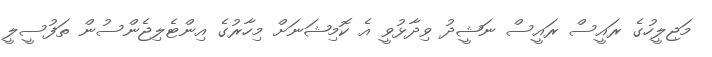
މަޖިލީހުގެ ރައީސް ރައީސް ނަޝީދު ވިދާޅުވީ އެ ކޮމިޝަނަށް މިހާރުގެ އިންޓެލިޖެންސުން ތަފުސީލީ